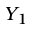
Y _ { 1 }